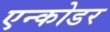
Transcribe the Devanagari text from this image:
एन्कोडर